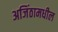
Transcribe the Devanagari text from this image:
अजिंठामधील